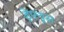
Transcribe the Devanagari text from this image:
ड्रेफ्यूस